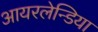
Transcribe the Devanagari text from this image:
आयरलेन्डिया